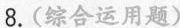
8.(综合运用题)